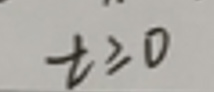
$t \geq 0$